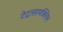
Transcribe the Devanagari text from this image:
टेट्रासायक्लिन